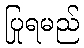
ပြုရမည်